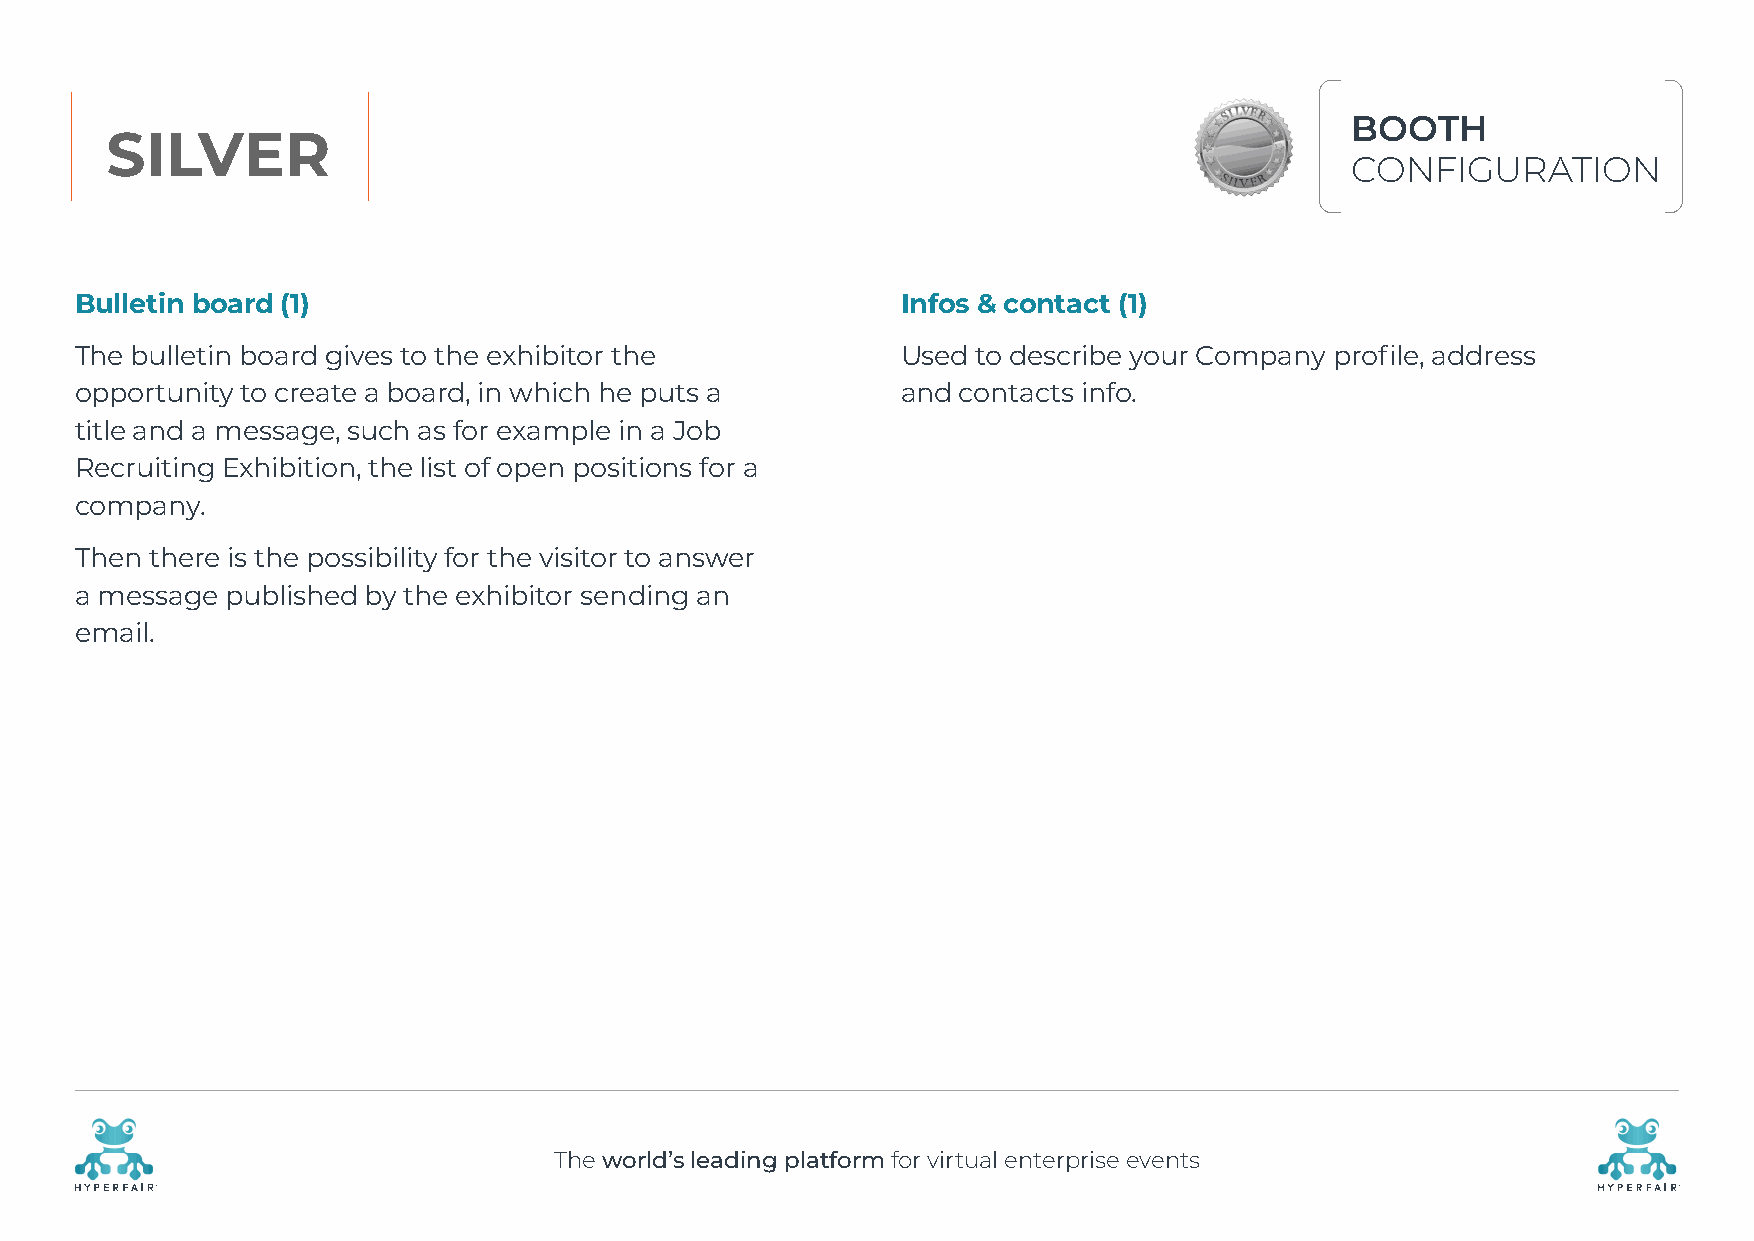
BOOTH
 SILVER
 CONFIGURATION
 Bulletin board (1)                                     Infos & contact (1)
 The bulletin board gives to the exhibitor the          Used to describe your Company profile, address
 opportunity to create a board, in which he puts a      and contacts info.
 title and a message, such as for example in a Job
 Recruiting Exhibition, the list of open positions for a
 company.
 Then there is the possibility for the visitor to answer
 a message published by the exhibitor sending an
 email.
 The world’s leading platform for virtual enterprise events
 R                                                                                                    R